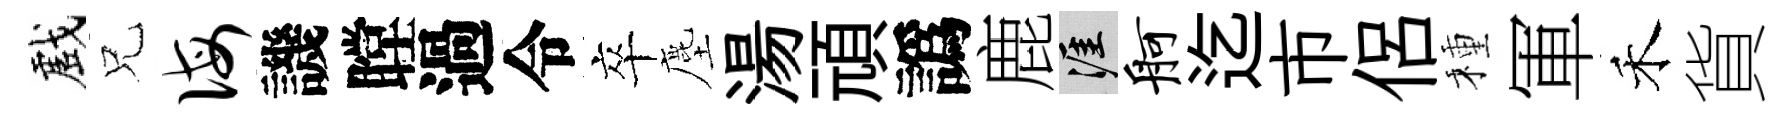
戲兄诲譏瞠過令卒塵湯頑譌鹿涯舸迄市侶種軍禾貨